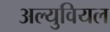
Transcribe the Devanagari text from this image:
अल्युवियल